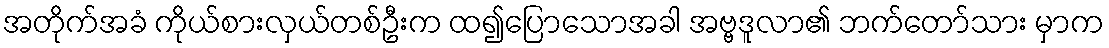
အတိုက်အခံ ကိုယ်စားလှယ်တစ်ဦးက ထ၍ပြောသောအခါ အဗ္ဗဒူလာ၏ ဘက်တော်သား မှာက